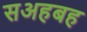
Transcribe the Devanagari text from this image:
सअहबह